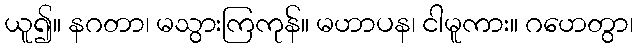
ယူ၍။ နဂတာ၊ မသွားကြကုန်။ မဟာပန၊ ငါမူကား။ ဂဟေတွာ၊